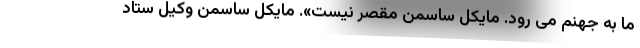
ما به جهنم می رود. مایکل ساسمن مقصر نیست». مایکل ساسمن وکیل ستاد